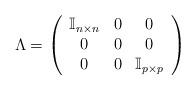
LaTeX: \begin{align*}\Lambda=\left(\begin{array}{ccc}\mathbb{I}_{n\times n}&0&0\\0&0&0\\0&0&\mathbb{I}_{p\times p}\end{array}\right)\end{align*}